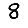
Digit: 8